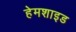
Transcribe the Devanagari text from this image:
हेमशाइड